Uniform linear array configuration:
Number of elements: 64
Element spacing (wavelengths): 0.25
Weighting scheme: binomial
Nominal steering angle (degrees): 15
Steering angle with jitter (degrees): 13.519
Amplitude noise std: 0.05
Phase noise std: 0.05

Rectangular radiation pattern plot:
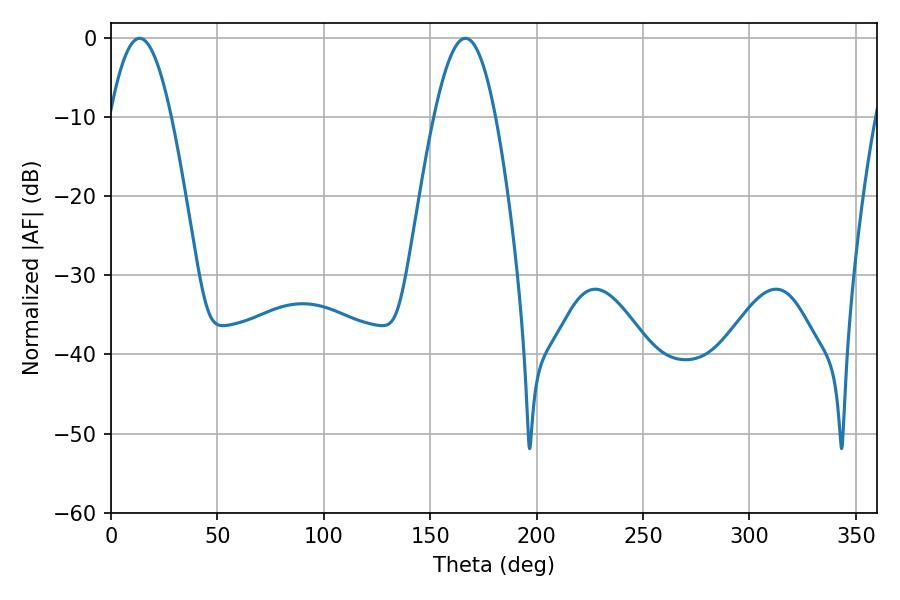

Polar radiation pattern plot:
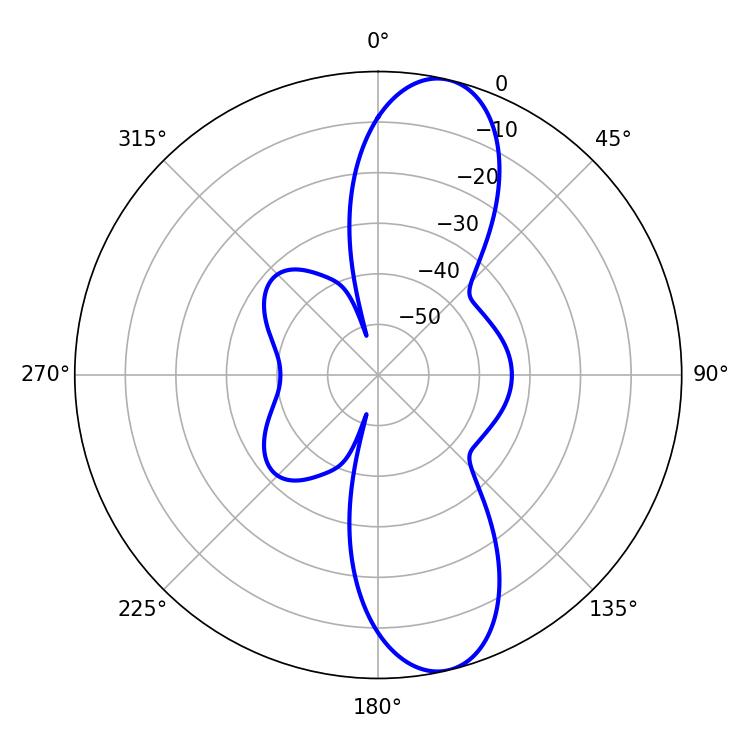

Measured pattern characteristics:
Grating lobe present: FALSE
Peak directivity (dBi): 11.576
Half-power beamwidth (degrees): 15.66
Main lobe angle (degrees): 13.5